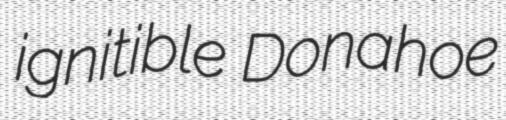
ignitible Donahoe